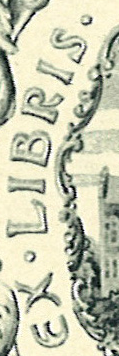
EX.LIBRIS.